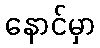
နောင်မှာ